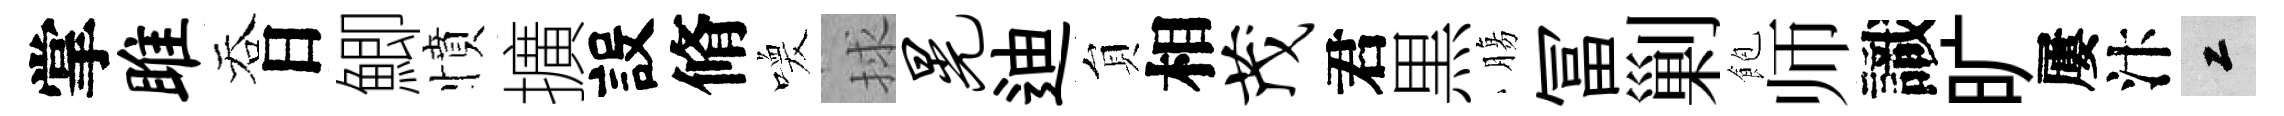
掌雎吞日鯽憤擴設脩喚捄晃迪貟相茂君黒膓冨剿飽师識旷屢汴工